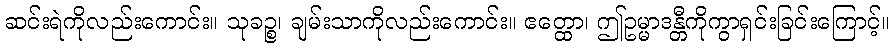
ဆင်းရဲကိုလည်းကောင်း။ သုခဉ္စ၊ ချမ်းသာကိုလည်းကောင်း။ ဧတ္ထော၊ ဤဥမ္မာဒန္တီကိုကွာရှင်းခြင်းကြောင့်။